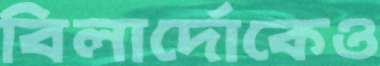
বিলার্দোকেও